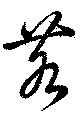
若